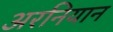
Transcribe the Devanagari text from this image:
अरनियान